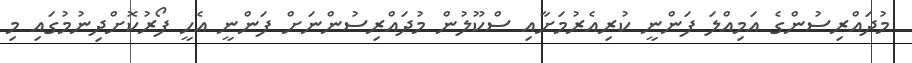
މުދައްރިސުންގެ އަމިއްލަ ފަންނީ ކުރިއެރުމަށާއި ސްކޫލުން މުދައްރިސުންނަށް ފަންނީ އެހީ ފޯރުކޮށްދިނުމުގައި މި